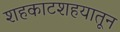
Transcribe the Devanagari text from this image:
शहकाटशहयातून